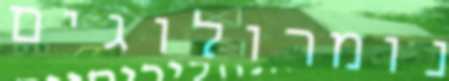
נומרולוגים